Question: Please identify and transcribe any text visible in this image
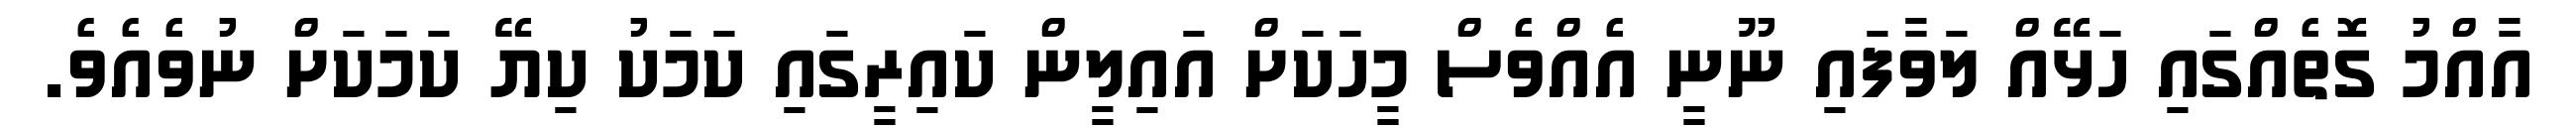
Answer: އާއްމު ގޮތެއްގައި ހަޅޭއް ލަވާފައި ނޫނީ އެއްވެސް މީހަކަށް އައިލީން ކައިރީގައި ކަމަކު ކިޔޭ ކަމަކަށް ނުވެއެވެ.